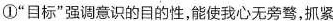
①”目标”强调意识的目的性，能使我心无旁骛，抓紧